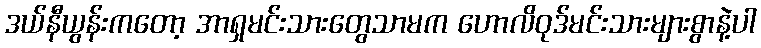
ဒယ်နီယွန်းကတော့ အာရှမင်းသားတွေသာမက ဟောလိဝုဒ်မင်းသားများစွာနဲ့ပါ